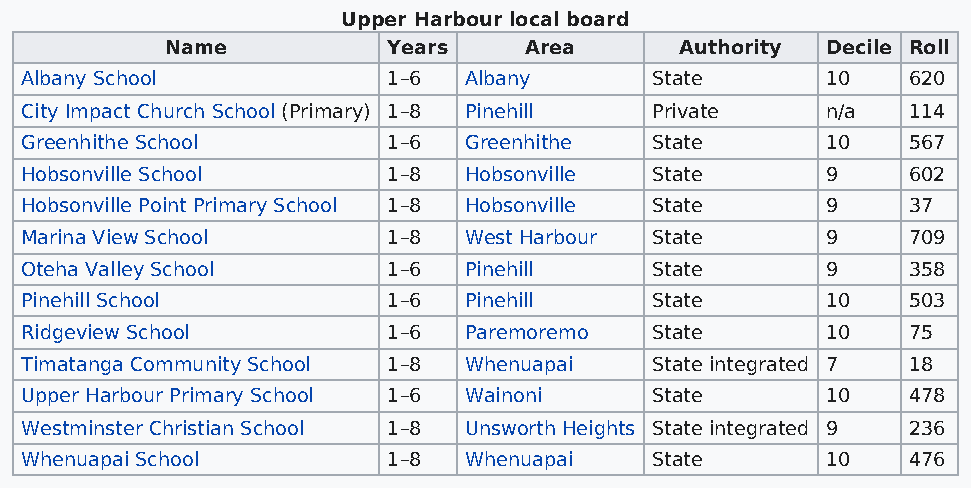
Upper Harbour local board
 Name           Years    Area      Authority Decile Roll
 Albany School            1–6  Albany      State       10   620
 City Impact Church School (Primary) 1–8 Pinehill Private n/a 114
 Greenhithe School        1–6  Greenhithe  State       10   567
 Hobsonville School       1–8  Hobsonville State       9    602
 Hobsonville Point Primary School 1–8 Hobsonville State 9   37
 Marina View School       1–8  West Harbour State      9    709
 Oteha Valley School      1–6  Pinehill    State       9    358
 Pinehill School          1–6  Pinehill    State       10   503
 Ridgeview School         1–6  Paremoremo  State       10   75
 Timatanga Community School 1–8 Whenuapai  State integrated 7 18
 Upper Harbour Primary School 1–6 Wainoni  State       10   478
 Westminster Christian School 1–8 Unsworth Heights State integrated 9 236
 Whenuapai School         1–8  Whenuapai   State       10   476